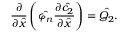
\frac { \partial } { \partial \hat { x } } \left( \hat { \varphi _ { n } } \frac { \partial \hat { c _ { 2 } } } { \partial \hat { x } } \right) = \hat { Q _ { 2 } } .